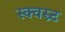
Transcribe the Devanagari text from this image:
स्क्वस्र्ट